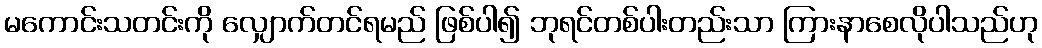
မကောင်းသတင်းကို လျှောက်တင်ရမည် ဖြစ်ပါ၍ ဘုရင်တစ်ပါးတည်းသာ ကြားနာစေလိုပါသည်ဟု